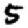
Digit: 5